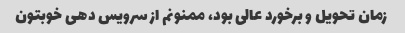
زمان تحویل و برخورد عالی بود، ممنونم از سرویس دهی خوبتون